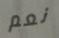
نعم